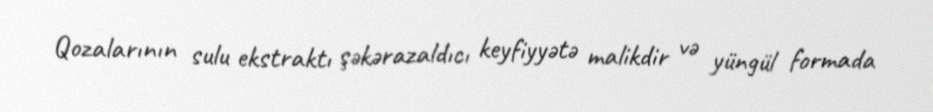
Qozalarının sulu ekstraktı şəkərazaldıcı keyfiyyətə malikdir və yüngül formada